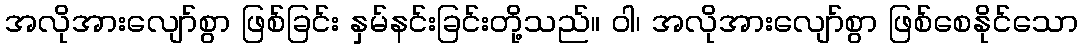
အလိုအားလျော်စွာ ဖြစ်ခြင်း နှမ်နင်းခြင်းတို့သည်။ ဝါ၊ အလိုအားလျော်စွာ ဖြစ်စေနိုင်သော